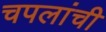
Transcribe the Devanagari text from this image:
चपलांची